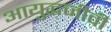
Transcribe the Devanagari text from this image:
आयुद्धजीवी